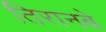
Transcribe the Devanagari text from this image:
तिरानबे